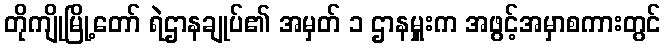
တိုကျိုမြို့တော် ရဲဌာနချုပ်၏ အမှတ် ၁ ဌာနမှူးက အဖွင့်အမှာစကားတွင်